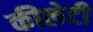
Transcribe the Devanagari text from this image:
कीलेटी